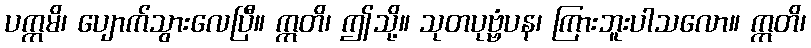
ပက္ကမိ၊ ပျောက်သွားလေပြီ။ ဣတိ၊ ဤသို့။ သုတပုဗ္ဗံပန၊ ကြားဘူးပါသလော။ ဣတိ၊